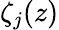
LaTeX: \zeta_{j}(z)